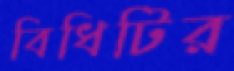
বিধিটির